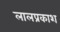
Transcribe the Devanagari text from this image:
लालप्रकाश